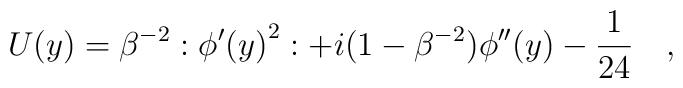
U(y)=\beta ^{-2}:{\phi ^\prime(y)}^2:+i(1-\beta ^{-2})\phi ^{\prime \prime}(y)-\frac {1}{24} \quad ,